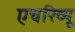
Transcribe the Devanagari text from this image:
एचरिव्यू